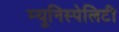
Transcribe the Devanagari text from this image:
म्यूनिस्पेलिटी